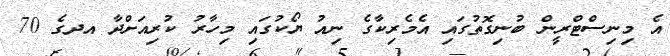
އެ މިނިސްޓްރީން ބުނިގޮތުގައި އެމެރިކާގެ ނިއު ޔޯކުގައި މިހާރު ކުރިއަށްދާ އދގެ 70